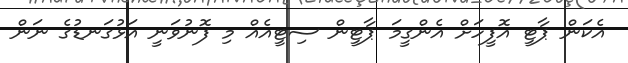
އެކަން ޕާޓީ އޮފީހަށް އެންގީމަ ޕާޓީން ސިޓީއެއް މި ފޮނުވަނީ އަޅުގަނޑުގެ ނަން